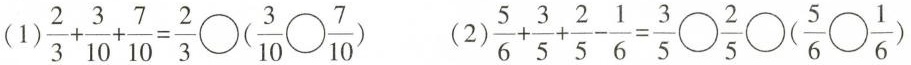
(1)$$ \frac { 2 }{ 3 } + \frac { 3 }{ 1 0 } + \frac { 7 }{ 1 0 } = \frac { 2 }{ 3 } \circ ( \frac { 3 }{ 1 0 } \circ \frac { 7 }{ 1 0 } ) $$ (2)$$ \frac { 5 }{ 6 } + \frac { 3 }{ 5 } + \frac { 2 }{5 } - \frac { 1 }{ 6 } = \frac { 3